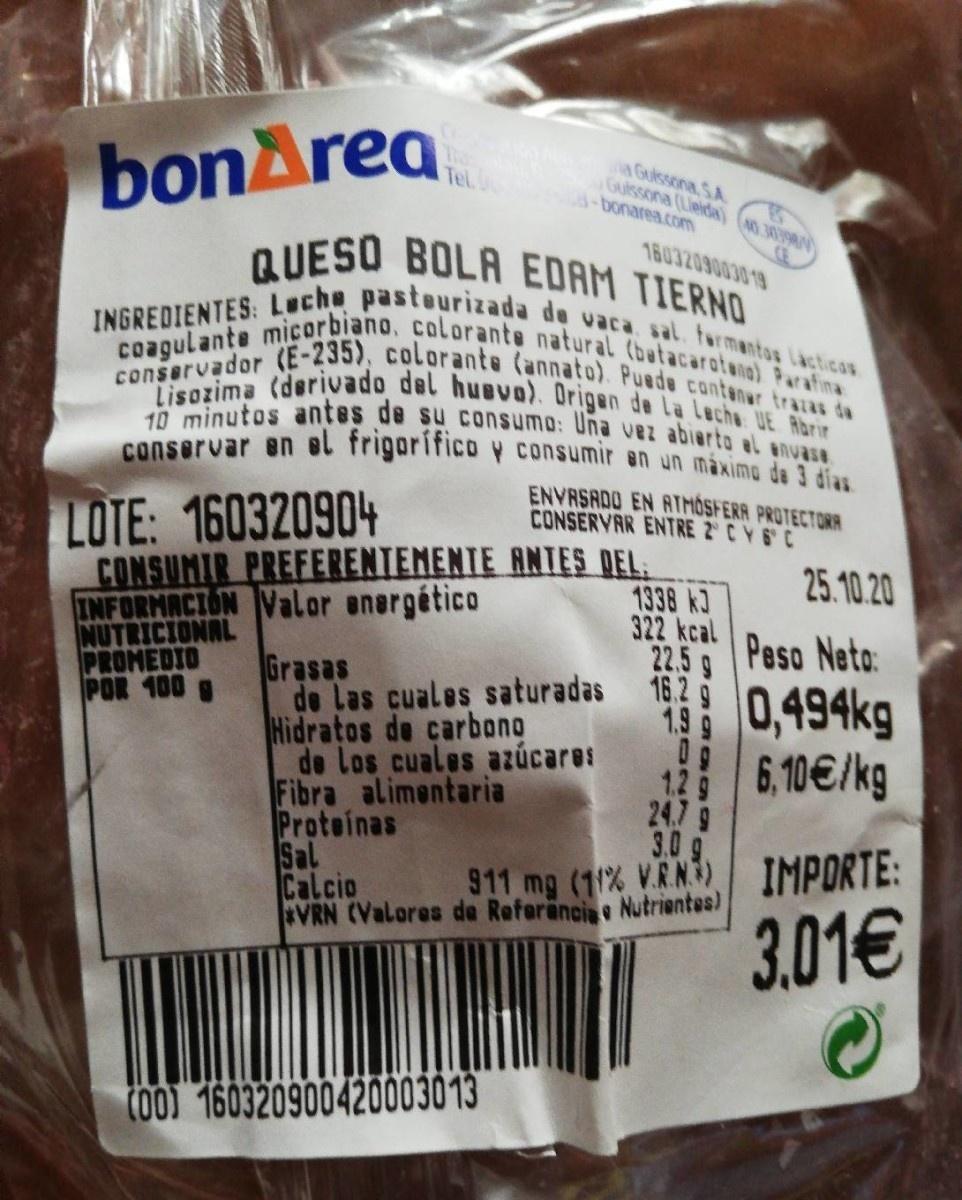
bonArea.
aGulssona, SA Guissona (Lieida) ( 3039) -bonarea.com
Tel.
QUESO BOLA EDAM TIERNO
CE
INGREDIENTES: Luche pasteurizada de vaca sal. fermantas lacticos coagulante micorbiano, colorante natural (batacarotana) Parafina conservador (E-235), colorante (annato). Puede contanar traias da Lisozima (derivado del huevo). Origen de la Leche UE Rbrir 10 minutos antes de su consumo: Una vez abierto el anuase conservar en el frigorífico y consumir en un máxima de 3 dias
6.OCDD6OZEDBL
ENVRSADO EN ATMOSFERR PROTECTORR CONSERVAR ENTRE TCYSC
LOTE: 160320904
CONSUMIR PREFERENTEMENTE ANTIES DEL:
25.10.20
INFORMACION Valor energético NUTRICIONAL PROMEDIO POR 100 g
1338 k3 322 kcal 22.5 g
Peso Neta:
Grasas Las cuales saturadas 16 0.494kg
1.9 de Los cuales azúcares 24.79 3.0 g
Hidratos de carbong
6,10€/kg
Fibra alimentaria Proteinas Sal Calcio
911 mg (11% V.R.N) IMPORTE:
3,01€
VRN (Valores de Referancia Nutriantes)
CO0) 160320900420003013